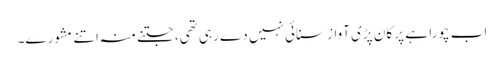
اب چورا ہے پر کان پڑی آواز سنائی نہیں دے رہی تھی، جتنے منہ اتنے مشورے۔